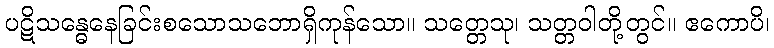
ပဋိသန္ဓေနေခြင်းစသောသဘောရှိကုန်သော။ သတ္တေသု၊ သတ္တဝါတို့တွင်။ ဧကောပိ၊